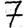
Digit: 7